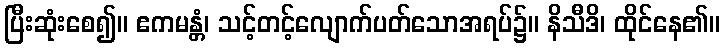
ပြီးဆုံးစေ၍။ ဧကမန္တံ၊ သင့်တင့်လျောက်ပတ်သောအရပ်၌။ နိသီဒိ၊ ထိုင်နေ၏။